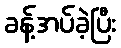
ခန့်အပ်ခဲ့ပြီး